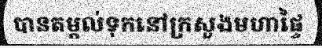
បានតម្កល់ទុកនៅក្រសួងមហាផ្ទៃ